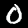
Digit: 0